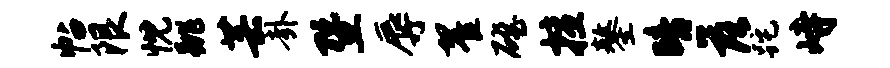
帖限忱跳芸卦暨辱翟磴擅鏊暗落跎峙